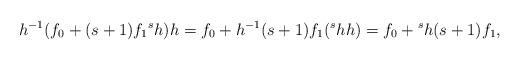
LaTeX: \begin{gather*} h^{-1}(f_0 + (s+1) f_1 {}^sh)h = f_0 + h^{-1}(s+1)f_1 ({}^s h h) = f_0 + {}^sh(s+1)f_1, \end{gather*}